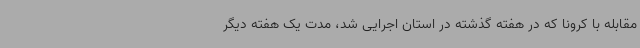
مقابله با کرونا که در هفته گذشته در استان اجرایی شد، مدت یک هفته دیگر